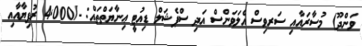
ވަންދޫ) މުސާރައާއި ސަރވިސް އެލަވަންސް އަދި ސްޕެޝަލް ޑިއުޓީ ޢިނާޔަތްތައް: -/4